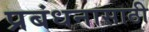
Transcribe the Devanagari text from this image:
प्रबंधनासाठी